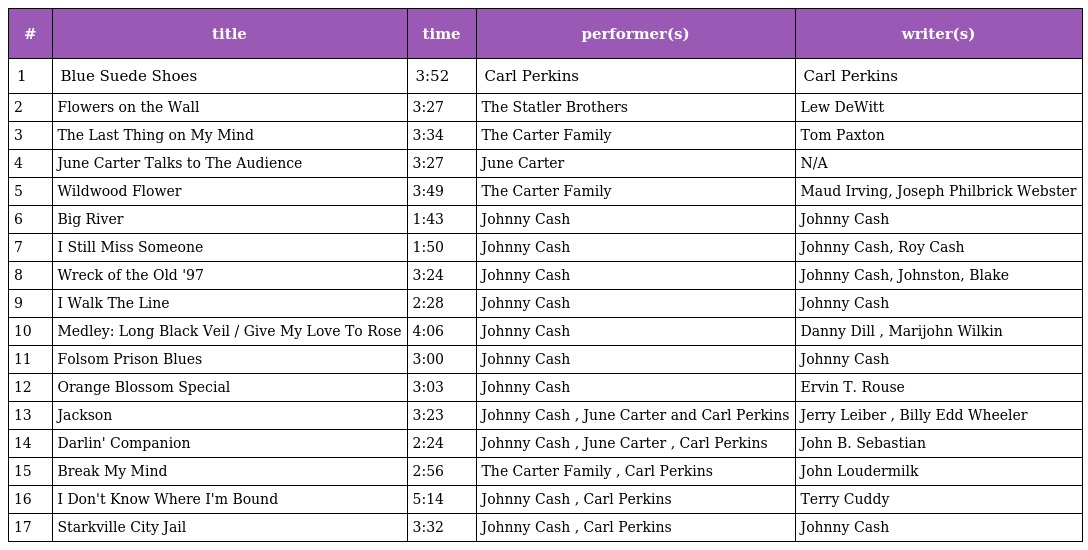
| # | title | time | performer(s) | writer(s) |
 | --- | --- | --- | --- | --- |
 | 1 | Blue Suede Shoes | 3:52 | Carl Perkins | Carl Perkins |
 | 2 | Flowers on the Wall | 3:27 | The Statler Brothers | Lew DeWitt |
 | 3 | The Last Thing on My Mind | 3:34 | The Carter Family | Tom Paxton |
 | 4 | June Carter Talks to The Audience | 3:27 | June Carter | N/A |
 | 5 | Wildwood Flower | 3:49 | The Carter Family | Maud Irving, Joseph Philbrick Webster |
 | 6 | Big River | 1:43 | Johnny Cash | Johnny Cash |
 | 7 | I Still Miss Someone | 1:50 | Johnny Cash | Johnny Cash, Roy Cash |
 | 8 | Wreck of the Old '97 | 3:24 | Johnny Cash | Johnny Cash, Johnston, Blake |
 | 9 | I Walk The Line | 2:28 | Johnny Cash | Johnny Cash |
 | 10 | Medley: Long Black Veil / Give My Love To Rose | 4:06 | Johnny Cash | Danny Dill , Marijohn Wilkin |
 | 11 | Folsom Prison Blues | 3:00 | Johnny Cash | Johnny Cash |
 | 12 | Orange Blossom Special | 3:03 | Johnny Cash | Ervin T. Rouse |
 | 13 | Jackson | 3:23 | Johnny Cash , June Carter and Carl Perkins | Jerry Leiber , Billy Edd Wheeler |
 | 14 | Darlin' Companion | 2:24 | Johnny Cash , June Carter , Carl Perkins | John B. Sebastian |
 | 15 | Break My Mind | 2:56 | The Carter Family , Carl Perkins | John Loudermilk |
 | 16 | I Don't Know Where I'm Bound | 5:14 | Johnny Cash , Carl Perkins | Terry Cuddy |
 | 17 | Starkville City Jail | 3:32 | Johnny Cash , Carl Perkins | Johnny Cash |